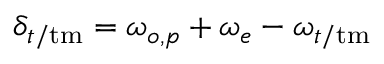
\delta _ { t / \mathrm { t m } } = \omega _ { o , p } + \omega _ { e } - \omega _ { t / \mathrm { t m } }